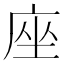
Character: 座